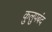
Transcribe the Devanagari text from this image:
कुलुपबंद